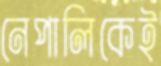
নেপালিকেই